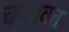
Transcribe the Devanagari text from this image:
चप्पावत